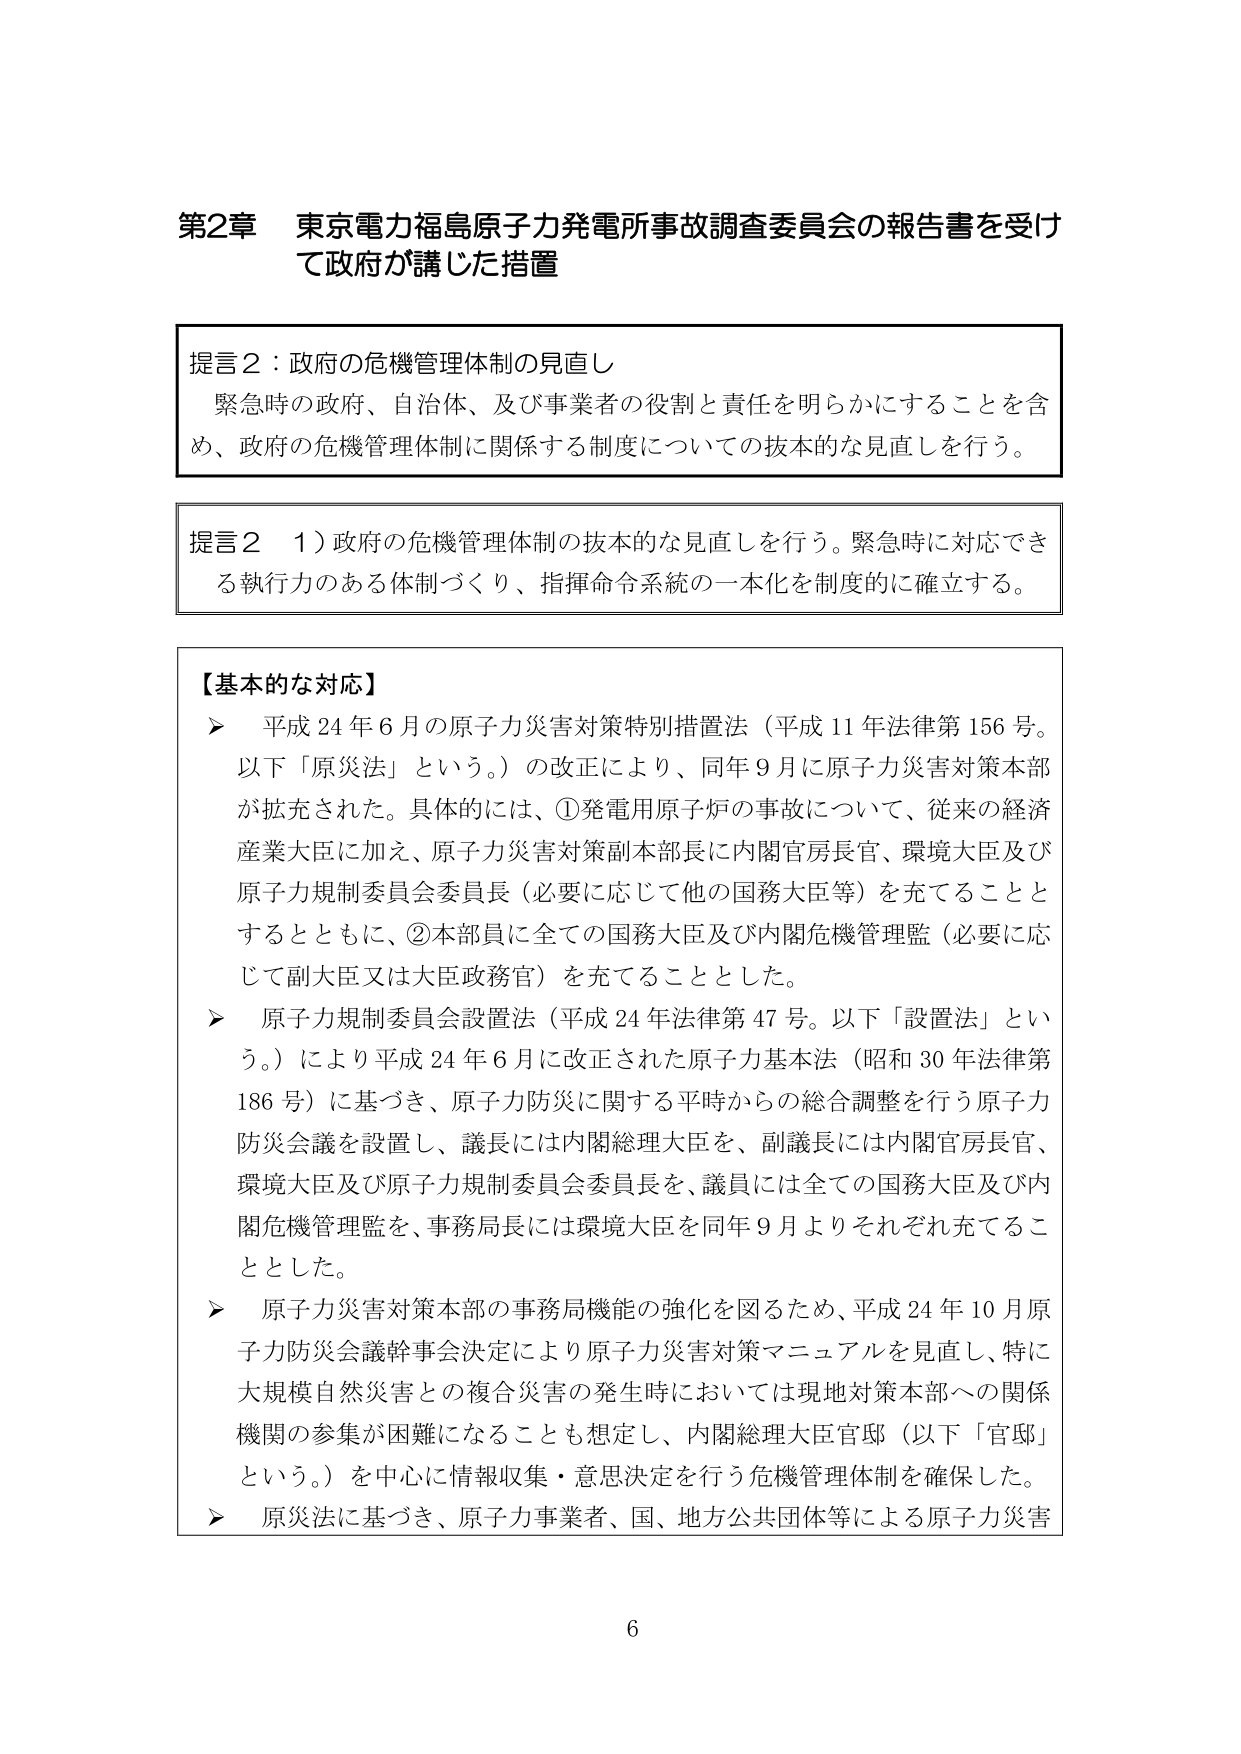
第2章 東京電力福島原子力発電所事故調査委員会の報告書を受けて政府が講じた措置

提言2：政府の危機管理体制の見直し
緊急時の政府、自治体、及び事業者の役割と責任を明らかにすることを含め、政府の危機管理体制に関係する制度についての抜本的な見直しを行う。

提言2 1）政府の危機管理体制の抜本的な見直しを行う。緊急時に対応できる執行力のある体制づくり、指揮命令系統の一本化を制度的に確立する。

【基本的な対応】
▶ 平成24年6月の原子力災害対策特別措置法（平成11年法律第156号。以下「原災法」という。）の改正により、同年9月に原子力災害対策本部が拡充された。具体的には、①発電用原子炉の事故について、従来の経済産業大臣に加え、原子力災害対策副本部長に内閣官房長官、環境大臣及び原子力規制委員会委員長（必要に応じて他の国務大臣等）を充てることとするとともに、②本部員に全ての国務大臣及び内閣危機管理監（必要に応じて副大臣又は大臣政務官）を充てることとした。
▶ 原子力規制委員会設置法（平成24年法律第47号。以下「設置法」という。）により平成24年6月に改正された原子力基本法（昭和30年法律第186号）に基づき、原子力防災に関する平時からの総合調整を行う原子力防災会議を設置し、議長には内閣総理大臣を、副議長には内閣官房長官、環境大臣及び原子力規制委員会委員長を、議員には全ての国務大臣及び内閣危機管理監を、事務局長には環境大臣を同年9月よりそれぞれ充てることとした。
▶ 原子力災害対策本部の事務局機能の強化を図るため、平成24年10月原子力防災会議幹事会決定により原子力災害対策マニュアルを見直し、特に大規模自然災害との複合災害の発生時においては現地対策本部への関係機関の参集が困難になることも想定し、内閣総理大臣官邸（以下「官邸」という。）を中心に情報収集・意思決定を行う危機管理体制を確保した。
▶ 原災法に基づき、原子力事業者、国、地方公共団体等による原子力災害

6